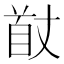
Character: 𮩟